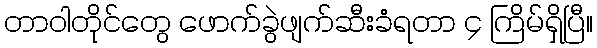
တာဝါတိုင်တွေ ဖောက်ခွဲဖျက်ဆီးခံရတာ ၄ ကြိမ်ရှိပြီ။